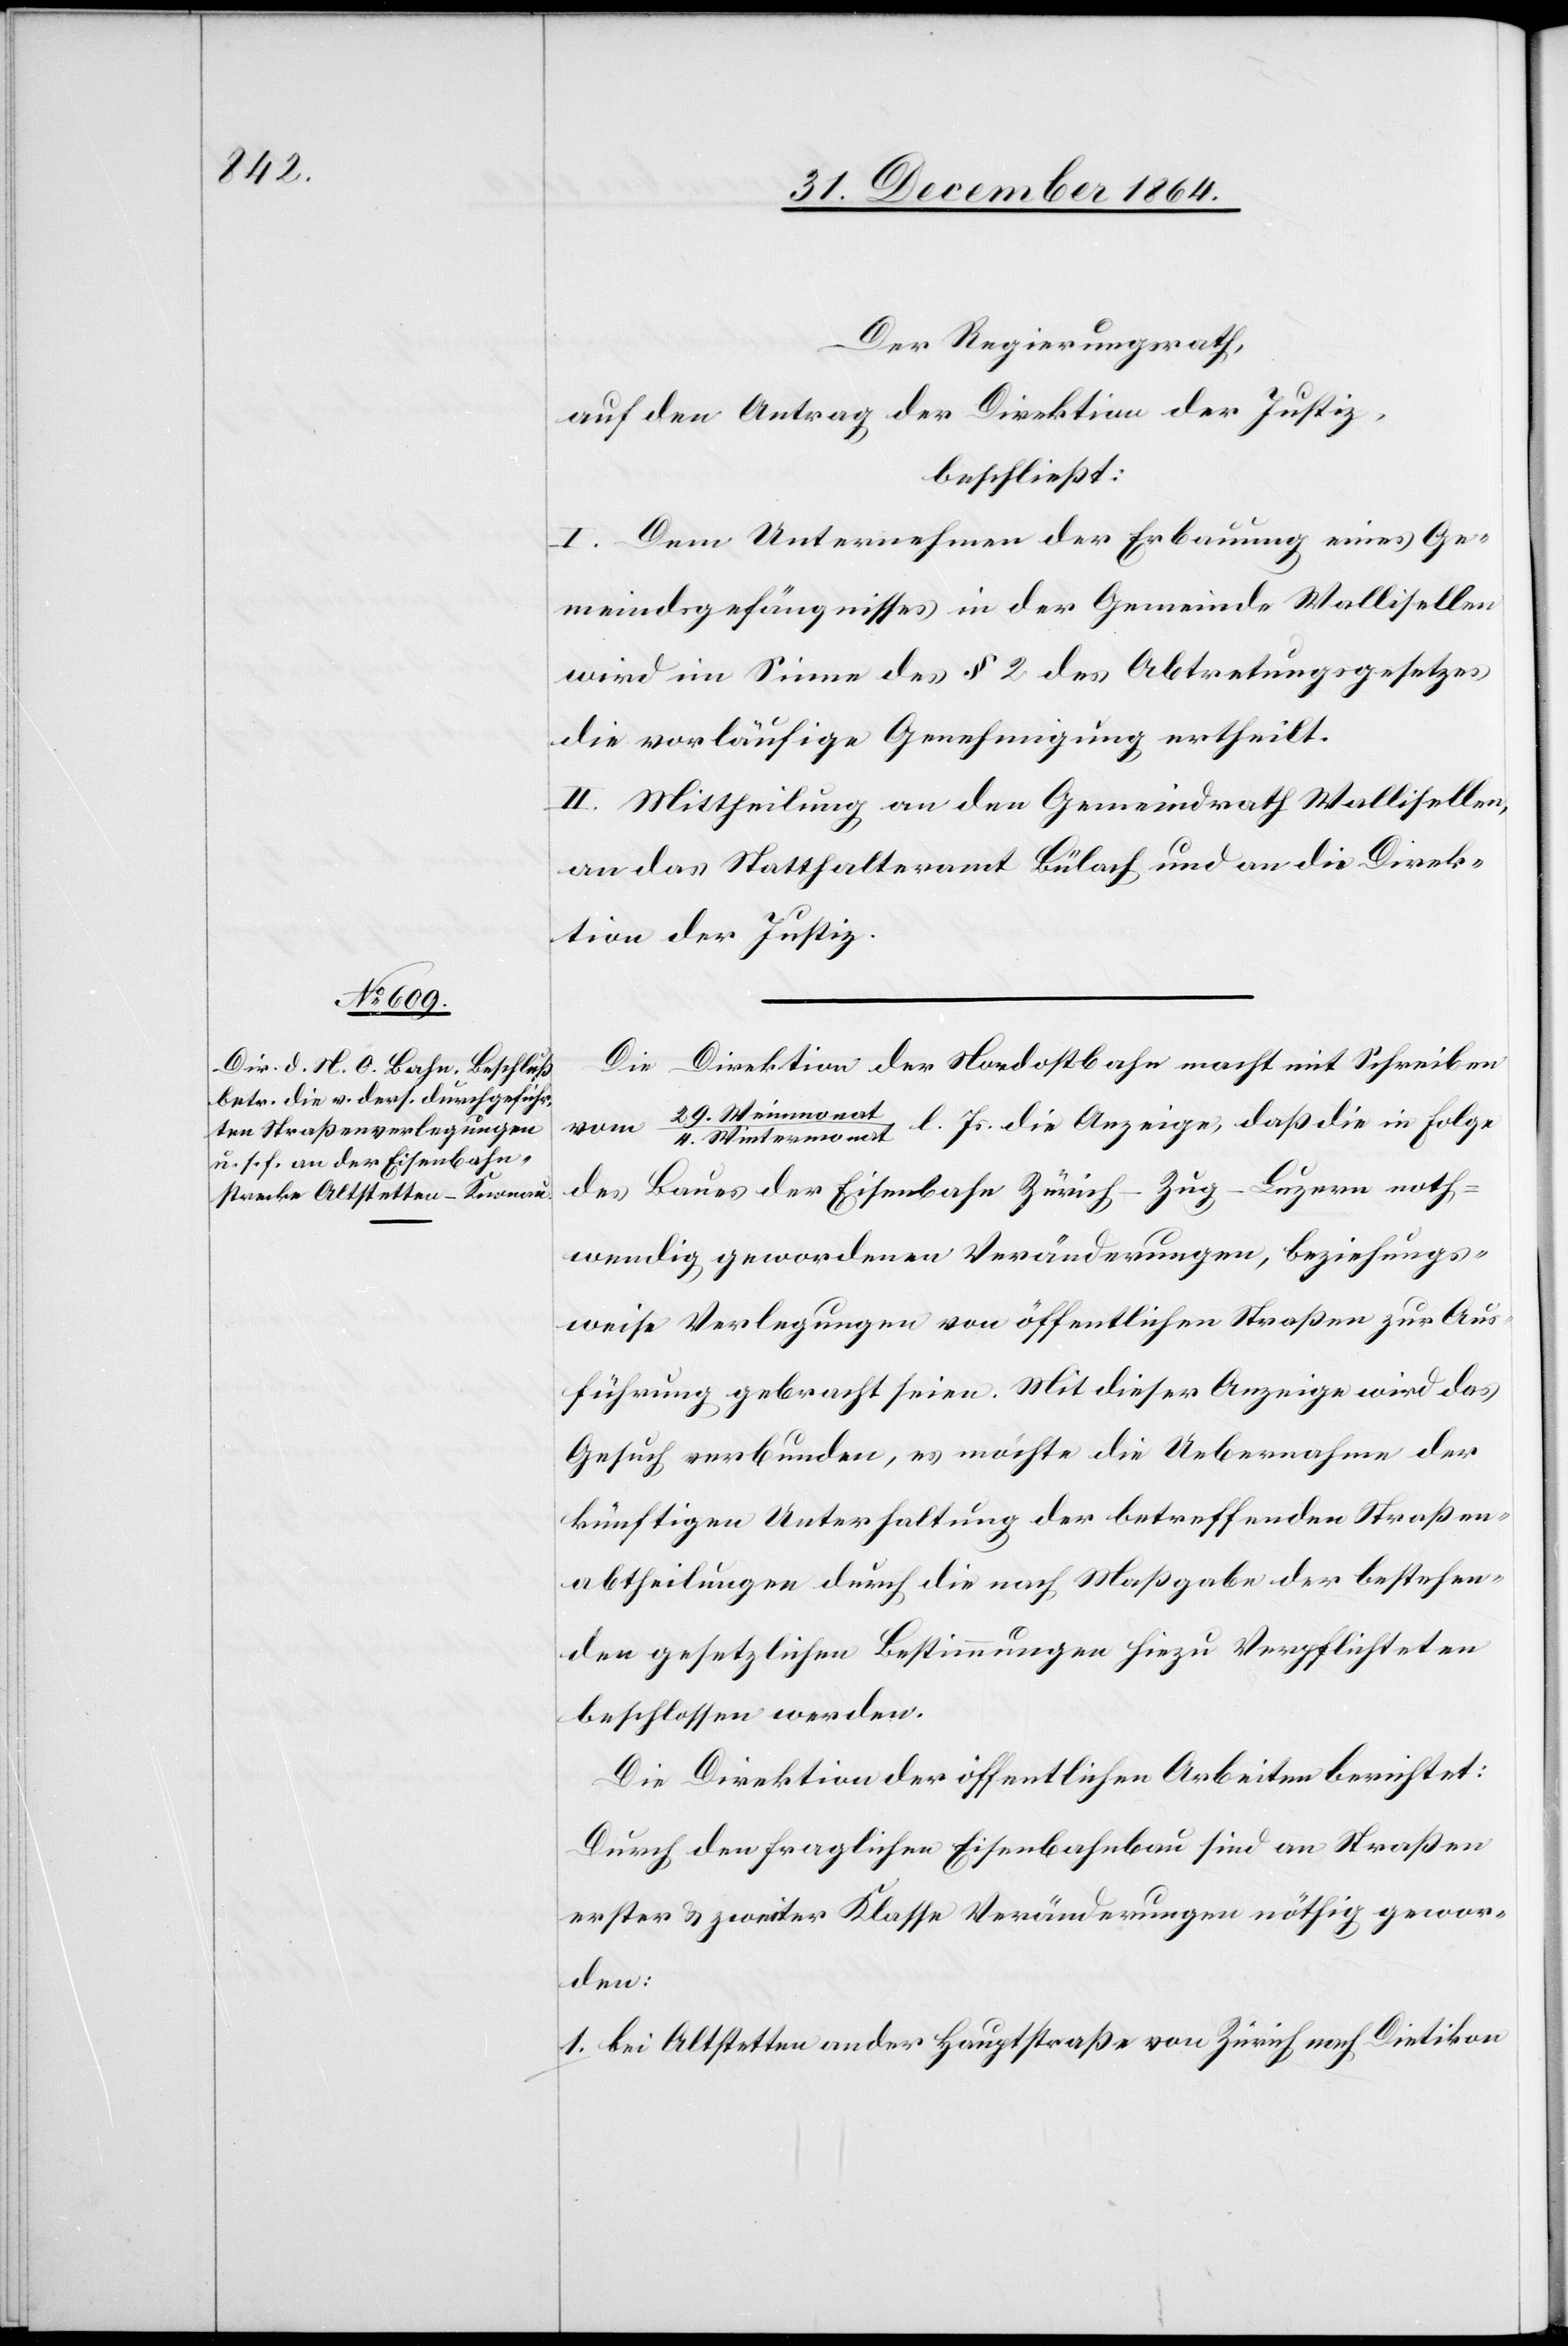
Der Regierungsrath,
auf den Antrag der Direktion der Justiz,
beschließt:
I. Dem Unternehmen der Erbauung eines Ge¬
meindegefängnisses in der Gemeinde Wallisellen
wird im Sinne des § 2 des Abtretungsgesetzes
die vorläufige Genehmigung ertheilt.
II. Mittheilung an den Gemeindrath Wallisellen,
an das Statthalteramt Bülach und an die Direk¬
tion der Justiz.
Die Direktion der Nordostbahn macht mit Schreiben
t/4. Wintermonat l. Js. die Anzeige, daß die in Folge
vom
29. Wintermona¬
des Baues der Eisenbahn Zürich–Zug–Luzern noth¬
wendig gewordenen Veränderungen, beziehungs¬
weise Verlegungen von öffentlichen Straßen zur Aus¬
führung gebracht seien. Mit dieser Anzeige wird das
Gesuch verbunden, es möchte die Uebernahme der
künftigen Unterhaltung der betreffenden Straßen¬
abtheilungen durch die nach Maßgabe der bestehen¬
den gesetzlichen Bestimmungen hiezu Verpflichteten
beschlossen werden.
Die Direktion der öffentlichen Arbeiten berichtet:
Durch den fraglichen Eisenbahnbau sind an Straßen
erster & zweiter Klasse Veränderungen nöthig gewor¬
den:
1. bei Altstetten an der Hauptstraße von Zürich nach Dietikon